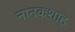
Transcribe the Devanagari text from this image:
नानकशाह